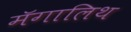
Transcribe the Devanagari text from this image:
मॅगालिथ